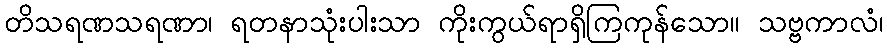
တိသရဏသရဏာ၊ ရတနာသုံးပါးသာ ကိုးကွယ်ရာရှိကြကုန်သော။ သဗ္ဗကာလံ၊